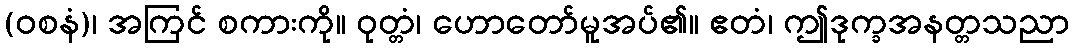
(ဝစနံ)၊ အကြင် စကားကို။ ဝုတ္တံ၊ ဟောတော်မူအပ်၏။ ဧတံ၊ ဤဒုက္ခအနတ္တသညာ